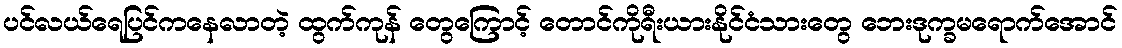
ပင်လယ်ရေပြင်ကနေလာတဲ့ ထွက်ကုန် တွေကြောင့် တောင်ကိုရီးယားနိုင်ငံသားတွေ ဘေးဒုက္ခမရောက်အောင်